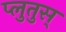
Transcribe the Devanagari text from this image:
प्लुतुस्